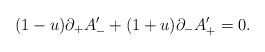
\begin{align*}(1 - u) \partial_+ A'_- + (1 + u) \partial_- A'_+ = 0.\end{align*}